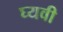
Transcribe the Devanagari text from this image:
घ्यवी